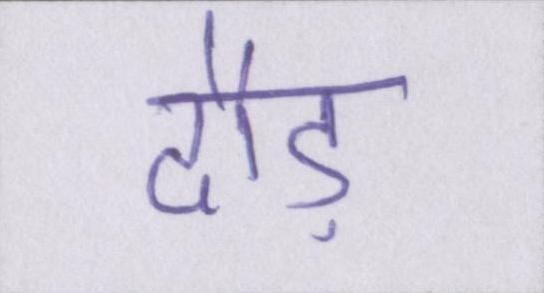
दौड़